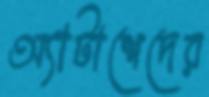
অ্যাটাশেদের